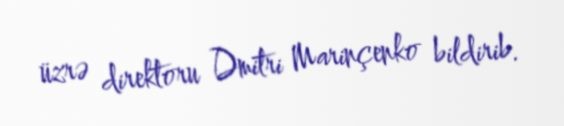
üzrə direktoru Dmitri Marinçenko bildirib.